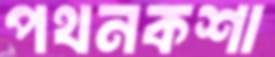
পথনকশা